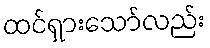
ထင်ရှားသော်လည်း